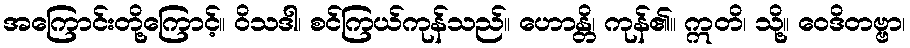
အကြောင်းတို့ကြောင့်။ ဝိသဒါ၊ စင်ကြယ်ကုန်သည်။ ဟောန္တိ၊ ကုန်၏။ ဣတိ၊ သို့။ ဝေဒိတဗ္ဗာ၊